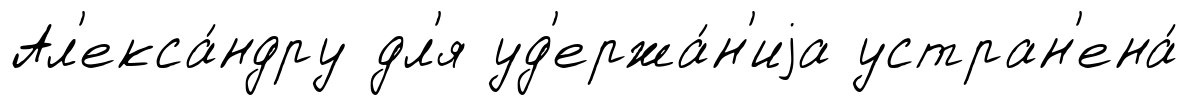
Ал'екса́ндру дл'я уд'ержа́н'иjа устран'ена́